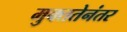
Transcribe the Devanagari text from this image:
मुक्ततेनंतर